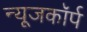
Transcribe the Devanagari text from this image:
न्यूजकॉर्प